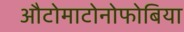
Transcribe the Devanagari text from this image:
औटोमाटोनोफोबिया